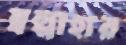
স্বল্পাহার